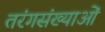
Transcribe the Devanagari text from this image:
तरंगसंख्याओं